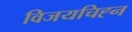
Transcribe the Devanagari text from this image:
विजयचिह्न